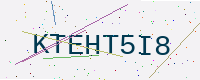
Text: KTEHT5I8